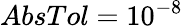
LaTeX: AbsTol=10^{-8}